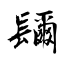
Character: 镾